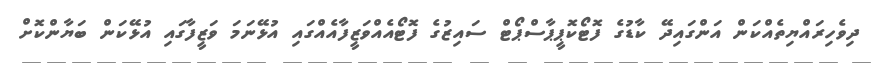
ދިވެހިރައްޔިތެއްކަން އަންގައިދޭ ކާޑުގެ ފޮޓޯކޮޕީޕާސްޕޯޓް ސައިޒުގެ ފޮޓޯއެއްވަޒީފާއެއްގައި އުޅޭނަމަ ވަޒީފާގައި އުޅޭކަން ބަޔާންކޮށް